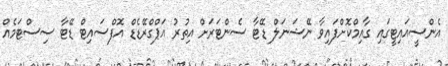
އެންސީއައިޓީގައި ގާއިމްކޮށްފައިވާ ނޭޝަނަލް ޑޭޓާ ސެންޓަރަށް އިތުރު އަޕްގްރޭޑެޑް އޮފްސައިޓް ޑޭޓާ ސިސްޓަމެއް